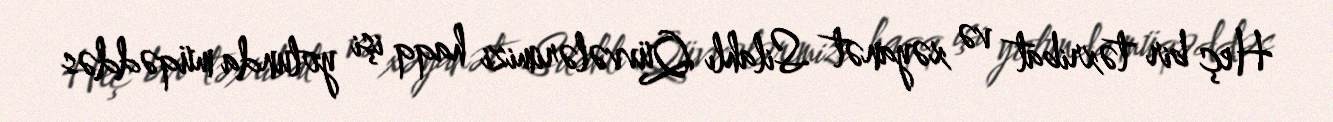
Heç bir təxribat və xəyanət Silahlı Qüvvələrimizi haqq işi yolunda müqəddəs